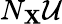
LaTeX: N_{\mathbf{X}}{\mathcal{{U}}}